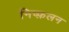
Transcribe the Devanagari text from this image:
निष्फ़लन